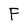
Character: F